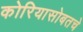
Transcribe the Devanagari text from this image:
कोरियासोबतचे